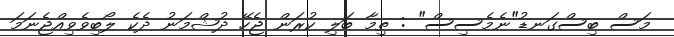
މަސް ބިސްގަނޑު"ނެމެސިސް" : ތިމާ ބަލި ކުރަން ޖެހޭ ދުޝްމަނު ދެކެ ލޯބިވެވިއްޖެނަމަ